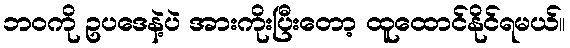
ဘဝကို ဥပဒေနဲ့ပဲ အားကိုးပြီးတော့ ထူထောင်နိုင်ရမယ်။